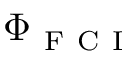
\Phi _ { \mathrm { ~ F ~ C ~ I ~ } }